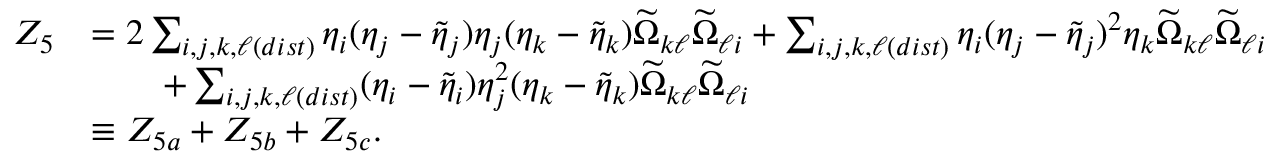
\begin{array} { r l } { Z _ { 5 } } & { = 2 \sum _ { i , j , k , \ell ( d i s t ) } \eta _ { i } ( \eta _ { j } - \tilde { \eta } _ { j } ) \eta _ { j } ( \eta _ { k } - \tilde { \eta } _ { k } ) \widetilde { \Omega } _ { k \ell } \widetilde { \Omega } _ { \ell i } + \sum _ { i , j , k , \ell ( d i s t ) } \eta _ { i } ( \eta _ { j } - \tilde { \eta } _ { j } ) ^ { 2 } \eta _ { k } \widetilde { \Omega } _ { k \ell } \widetilde { \Omega } _ { \ell i } } \\ & { \qquad + \sum _ { i , j , k , \ell ( d i s t ) } ( \eta _ { i } - \tilde { \eta } _ { i } ) \eta _ { j } ^ { 2 } ( \eta _ { k } - \tilde { \eta } _ { k } ) \widetilde { \Omega } _ { k \ell } \widetilde { \Omega } _ { \ell i } } \\ & { \equiv Z _ { 5 a } + Z _ { 5 b } + Z _ { 5 c } . } \end{array}